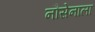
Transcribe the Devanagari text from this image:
नौसेनाला